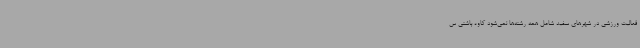
فعالیت ورزشی در شهرهای سفید شامل همه رشته‌ها نمی‌شود کاوه باشتی س